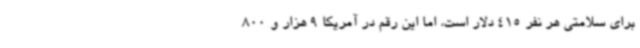
برای سلامتی هر نفر 415 دلار است، اما این رقم در آمریکا 9 هزار و 800